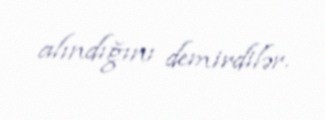
alındığını demirdilər.